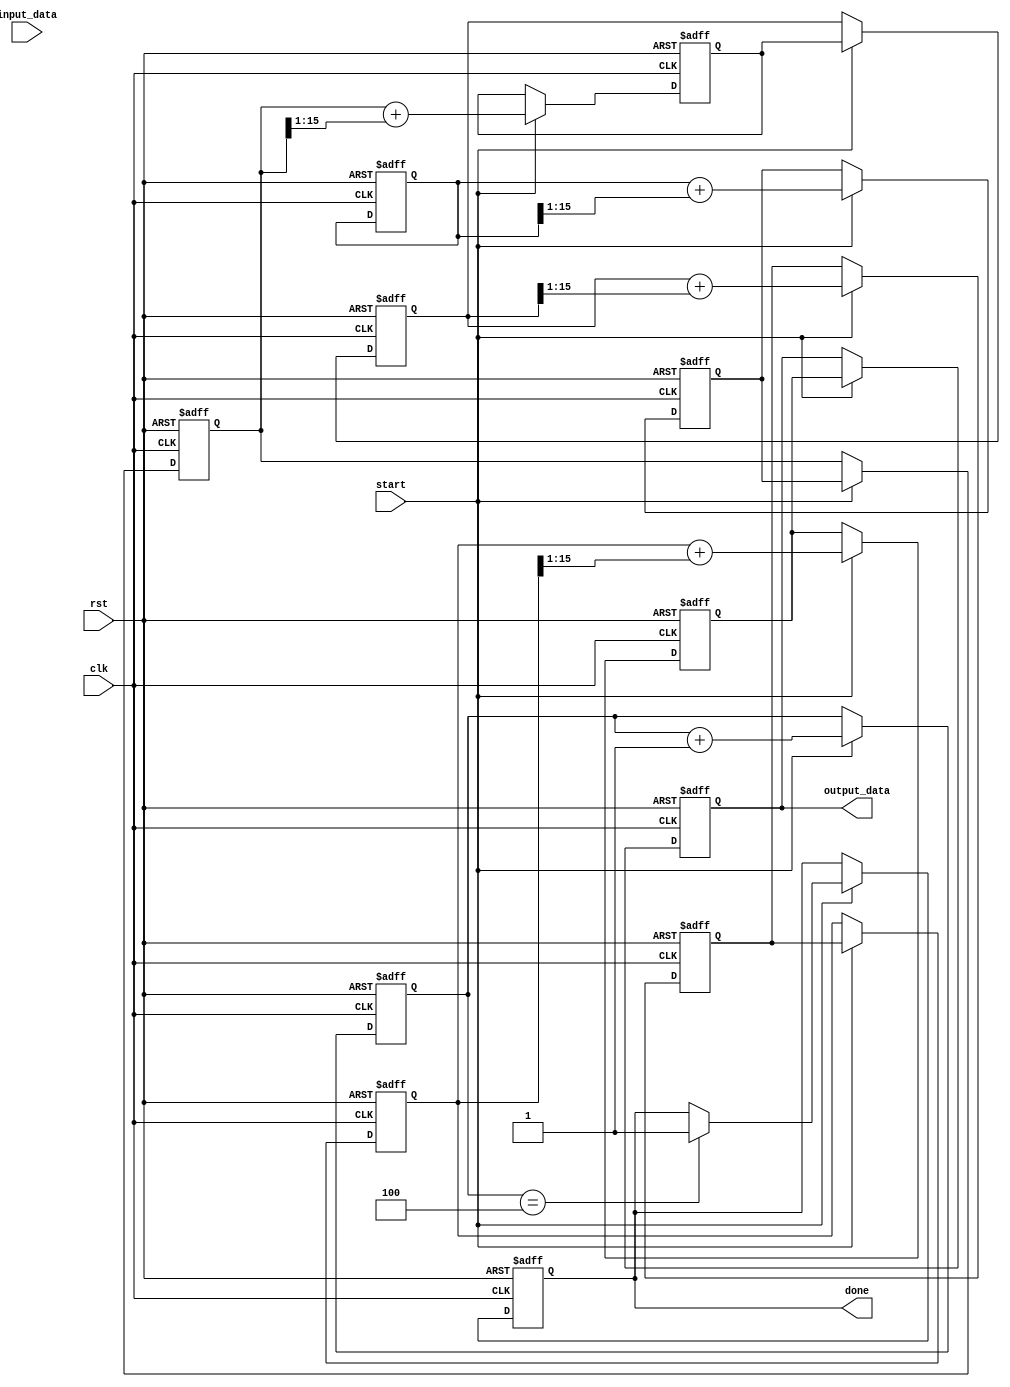
module systolic_array_reciprocal #(
    parameter PE_ROWS = 4,  // Number of rows in the systolic array
    parameter PE_COLS = 4,  // Number of columns in the systolic array
    parameter DATA_WIDTH = 16 // Width of the data
)(
    input wire clk,
    input wire rst,
    input wire start,
    input wire [DATA_WIDTH-1:0] input_data, // Input number for which reciprocal is calculated
    output wire [DATA_WIDTH-1:0] output_data, // Final reciprocal output
    output wire done // Signal indicating computation is complete
);

    // Processing Element (PE) definition
    reg [DATA_WIDTH-1:0] pe [0:PE_ROWS-1][0:PE_COLS-1]; // Array of PEs
    reg [DATA_WIDTH-1:0] intermediate_results [0:PE_ROWS-1][0:PE_COLS-1];
    reg [DATA_WIDTH-1:0] final_result;
    reg [PE_ROWS-1:0] valid; // Indicates valid data in each row
    reg [3:0] iter_count; // Iteration counter
    reg done_flag;

    // PE behavior (simplified for demonstration)
    genvar i, j;
    generate
        for (i = 0; i < PE_ROWS; i = i + 1) begin : row
            for (j = 0; j < PE_COLS; j = j + 1) begin : col
                always @(posedge clk or posedge rst) begin
                    if (rst) begin
                        pe[i][j] <= 0;
                        intermediate_results[i][j] <= 0;
                    end else if (start) begin
                        if (i == 0 && j == 0) begin
                            pe[i][j] <= input_data; // Load input data into the first PE
                        end else if (j > 0) begin
                            // Pass data to the right
                            pe[i][j] <= intermediate_results[i][j-1];
                        end
                        // Simplified reciprocal calculation (iterative method)
                        // This is where you would implement the actual algorithm
                        intermediate_results[i][j] <= pe[i][j] + (pe[i][j] >> 1); // Example operation
                    end
                end
            end
        end
    endgenerate

    // Collect results from the last row of PEs
    always @(posedge clk or posedge rst) begin
        if (rst) begin
            final_result <= 0;
            iter_count <= 0;
            done_flag <= 0;
        end else if (start) begin
            // Collect results from the last column
            final_result <= intermediate_results[PE_ROWS-1][PE_COLS-1];
            // Update iteration count and done flag
            iter_count <= iter_count + 1;
            if (iter_count == 4) begin // Example condition for convergence
                done_flag <= 1; // Set done flag when converged
            end
        end
    end

    assign output_data = final_result;
    assign done = done_flag;

endmodule